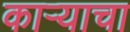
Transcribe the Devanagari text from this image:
काऱ्याचा